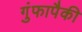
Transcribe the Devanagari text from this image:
गुंफापैकी